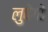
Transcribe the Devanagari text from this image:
लुवेगो